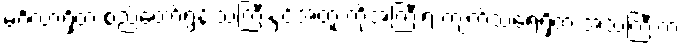
မင်္ဂလာရှိတဲ့ စည်တော်ရွန်းသံကြီးနှင့်အတူ ကိုအံ့ကြီးရဲ့ ကျက်သရေရှိတဲ့ အသံကြီးက